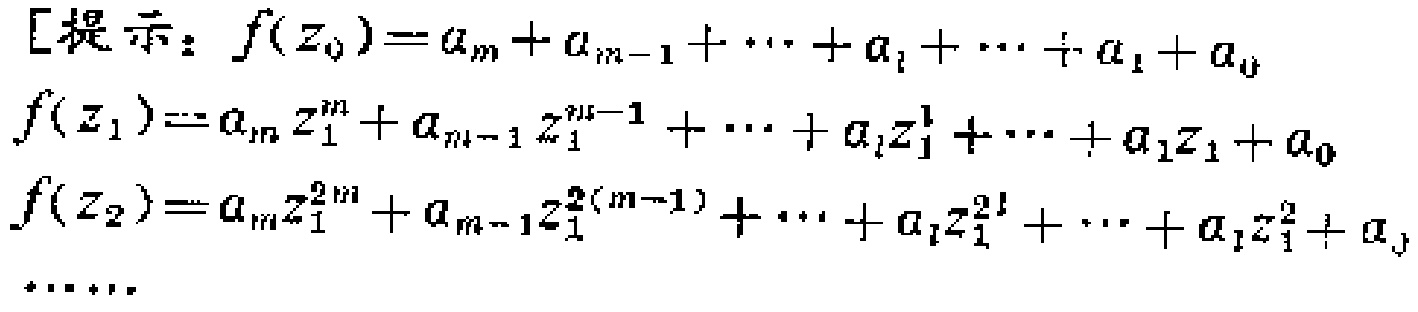
[提示：$f(z_0)=a_m + a_{m - 1}+\cdots + a_i+\cdots + a_1 + a_0$
$f(z_1)=a_mz_1^m + a_{m - 1}z_1^{m - 1}+\cdots + a_iz_1^i+\cdots + a_1z_1 + a_0$
$f(z_2)=a_mz_1^{2m} + a_{m - 1}z_1^{2(m - 1)}+\cdots + a_iz_1^{2i}+\cdots + a_1z_1^{2} + a_0$
$\cdots\cdots$]